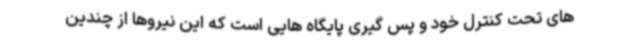
های تحت کنترل خود و پس گیری پایگاه هایی است که این نیروها از چندین